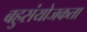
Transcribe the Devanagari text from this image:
बहुसंयोजकता